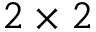
2 \times 2